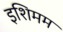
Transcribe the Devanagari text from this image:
इशिमम